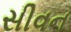
સીવન